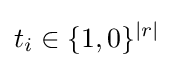
t_{i}\in \{1,0\}^{|r|}